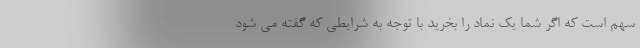
سهم است که اگر شما یک نماد را بخرید با توجه به شرایطی که گفته می شود